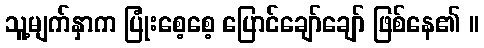
သူ့မျက်နှာက ပြုံးစေ့စေ့ ပြောင်ချော်ချော် ဖြစ်နေ၏ ။